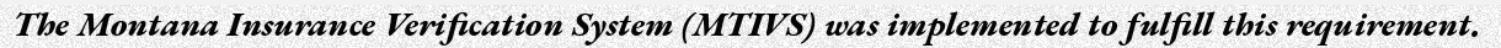
The Montana Insurance Verification System (MTIVS) was implemented to fulfill this requirement.